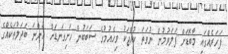
ފަހަރެއްގައި މާބޮޑަށް ފަލަވުމުން ނުވަތަ ކުއްޖަކު ވިހެއުމުގެ ސަބަބުން ހަށިގަނޑަށް އަންނަ ބަދަލުތަކެއްގެ